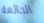
الجائعة